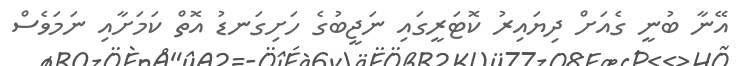
އޭނާ ބުނީ ގެއަށް ދިޔައިރު ކޮޓަރީގައި ނަޖީބުގެ ހަށިގަނޑު އޮތް ކަމަށާއި ނަމަވެސް